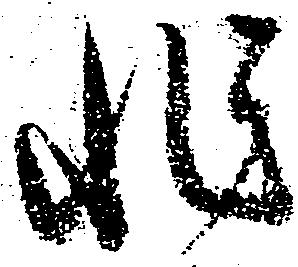
非